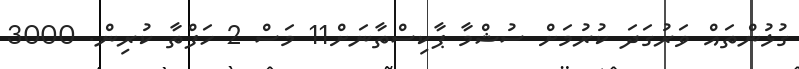
ގުޅުންތައް ވަރުގަދަ ކުރުމަށް ސުޝްމާ ޕާކިސްތާނަށް11 މަސް 2 ހަފްތާ ކުރިން. 3000